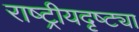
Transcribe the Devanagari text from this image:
राष्‍ट्रीयदृष्ट्या